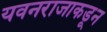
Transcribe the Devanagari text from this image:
यवनराजाकडून